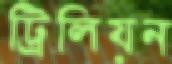
ট্রিলিয়ন